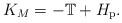
LaTeX: \begin{align*}K_M=-\mathbb{T}+H_{\mathrm{p}}.\end{align*}